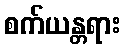
စက်ယန္တရား